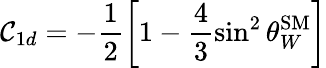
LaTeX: \mathcal{C}_{1d}=-\frac{{1}}{{2}}\left[1-\frac{{4}}{{3}}\sin^{2}\theta_{W}^{\mathrm{{SM}}}\right]